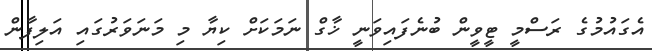
އެގައުމުގެ ރަސްމީ ޓީވީން ބުނެފައިވަނީ ޚާގް ނަމަކަށް ކިޔާ މި މަނަވަރުގައި އަލިފާން